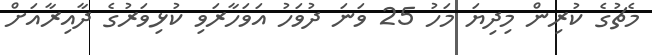
މެޗުގެ ކުރިން މިދިޔަ މަހު 25 ވަނަ ދުވަހު އަވަހާރަވި ކުޅިވަރުގެ ދާއިރާއަށް